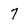
Character: 7